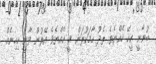
ބުނާނީ ކީކޭ ހެއްޔެވެ ތެދު ހާމަކުރަން ވީ ހެއްޔެވެ އޭރުން ވާނީ ކިހިނެއް